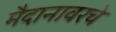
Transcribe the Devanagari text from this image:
मैदानावरचे